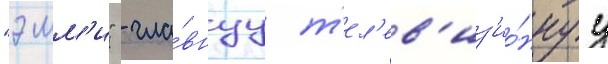
"эмм'и" - гла́внуу т'ел'ев'из'ио́ннуу